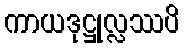
ကာယဒုဋ္ဌုလ္လဿပိ